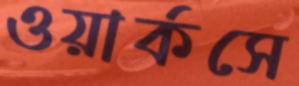
ওয়ার্কসে